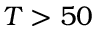
T > 5 0